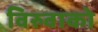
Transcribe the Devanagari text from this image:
विरुवाको